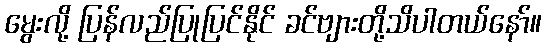
မွေးလို့ ပြန်လည်ပြုပြင်နိုင် ခင်ဗျားတို့သိပါတယ်နော်။